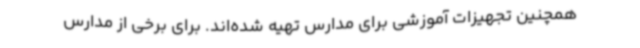
همچنین تجهیزات آموزشی برای مدارس تهیه شده‌اند. برای برخی از مدارس